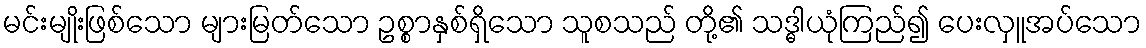
မင်းမျိုးဖြစ်သော များမြတ်သော ဥစ္စာနှစ်ရှိသော သူစသည် တို့၏ သဒ္ဓါယုံကြည်၍ ပေးလှူအပ်သော